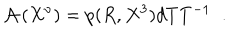
LaTeX: { \cal A } \left( X ^ { \nu } \right) = p ( R , X ^ { 3 } ) d T T ^ { - 1 } \; \; .